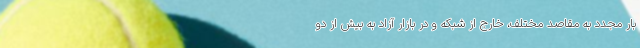
بار مجدد به مقاصد مختلف، خارج از شبکه و در بازار آزاد به بیش از دو